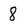
Character: 8